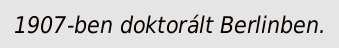
1907-ben doktorált Berlinben.